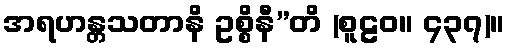
အရဟန္တသတာနိ ဥစ္စိနီ”တိ (စူဠဝ။ ၄၃၇)။